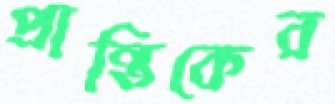
প্রান্তিকের